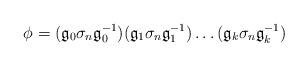
LaTeX: \begin{align*}\phi=(\mathfrak{g}_0\sigma_n\mathfrak{g}_0^{-1})(\mathfrak{g}_1\sigma_n\mathfrak{g}_1^{-1})\ldots(\mathfrak{g}_k\sigma_n\mathfrak{g}_k^{-1})\end{align*}